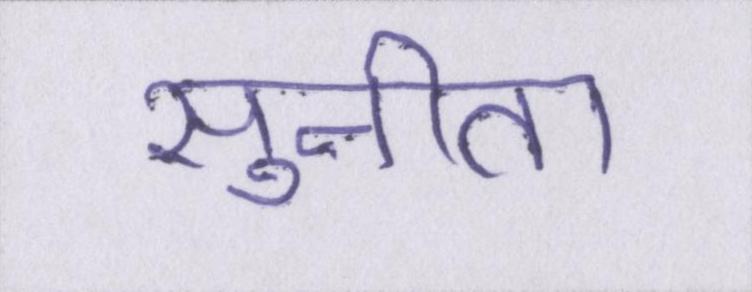
सुनीता